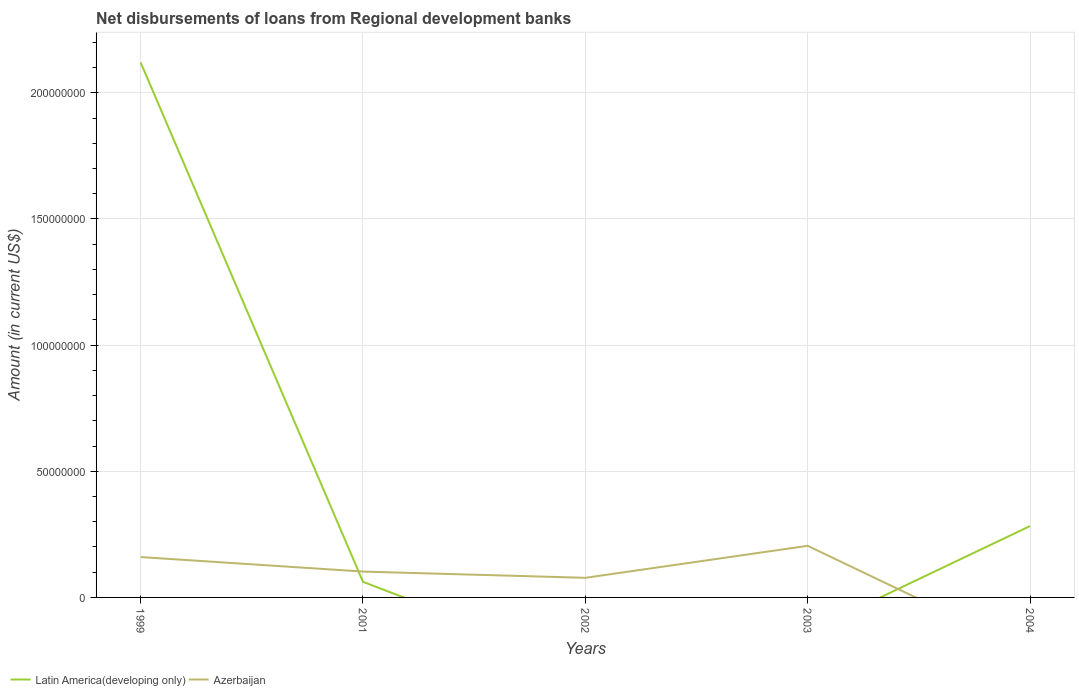
| Years | Latin America(developing only) | Azerbaijan |
 | --- | --- | --- |
 | 1999 | 2.12e+08 | 1.6e+07 |
 | 2001 | 6.19e+06 | 1.02e+07 |
 | 2002 | -2.76e+07 | 7.77e+06 |
 | 2003 | -1.37e+07 | 2.05e+07 |
 | 2004 | 2.83e+07 | -2.17e+07 |